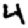
Digit: 4